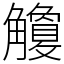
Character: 觼